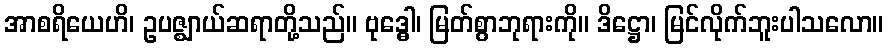
အာစရိယေဟိ၊ ဥပဇ္ဈာယ်ဆရာတို့သည်။ ဗုဒ္ဓေါ၊ မြတ်စွာဘုရားကို။ ဒိဋ္ဌော၊ မြင်လိုက်ဘူးပါသလော။